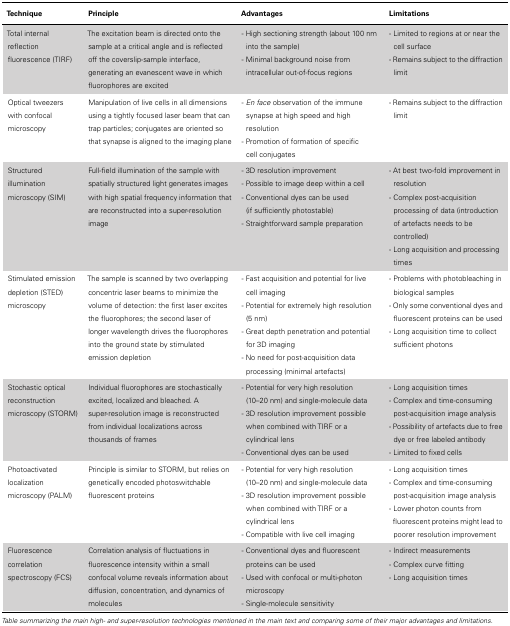
| Technique | Principle | Advantages | Limitations |
 | --- | --- | --- | --- |
 | Total internal reflection fluorescence (TIRF) | The excitation beam is directed onto the sample at a critical angle and is reflected off the coverslip-sample interface, generating an evanescent wave in which fluorophores are excited | - High sectioning strength (about 100 nm into the sample) - Minimal background noise from intracellular out-of-focus regions | - Limited to regions at or near the cell surface - Remains subject to the diffraction limit |
 | Optical tweezers with confocal microscopy | Manipulation of live cells in all dimensions using a tightly focused laser beam that can trap particles; conjugates are oriented so that synapse is aligned to the imaging plane | - En face observation of the immune synapse at high speed and high resolution - Promotion of formation of specific cell conjugates | - Remains subject to the diffraction limit |
 | Structured illumination microscopy (SIM) | Full-field illumination of the sample with spatially structured light generates images with high spatial frequency information that are reconstructed into a super-resolution image | - 3D resolution improvement - Possible to image deep within a cell - Conventional dyes can be used (if sufficiently photostable) - Straightforward sample preparation | - At best two-fold improvement in resolution - Complex post-acquisition processing of data (introduction of artefacts needs to be controlled) - Long acquisition and processing times |
 | Stimulated emission depletion (STED) microscopy | The sample is scanned by two overlapping concentric laser beams to minimize the volume of detection: the first laser excites the fluorophores; the second laser of longer wavelength drives the fluorophores into the ground state by stimulated emission depletion | - Fast acquisition and potential for live cell imaging - Potential for extremely high resolution (5 nm) - Great depth penetration and potential for 3D imaging - No need for post-acquisition data processing (minimal artefacts) | - Problems with photobleaching in biological samples - Only some conventional dyes and fluorescent proteins can be used - Long acquisition time to collect sufficient photons |
 | Stochastic optical reconstruction microscopy (STORM) | Individual fluorophores are stochastically excited, localized and bleached. A super-resolution image is reconstructed from individual localizations across thousands of frames | - Potential for very high resolution (10–20 nm) and single-molecule data - 3D resolution improvement possible when combined with TIRF or a cylindrical lens - Conventional dyes can be used | - Long acquisition times - Complex and time-consuming post-acquisition image analysis - Possibility of artefacts due to free dye or free labeled antibody - Limited to fixed cells |
 | Photoactivated localization microscopy (PALM) | Principle is similar to STORM, but relies on genetically encoded photoswitchable fluorescent proteins | - Potential for very high resolution (10–20 nm) and single-molecule data - 3D resolution improvement possible when combined with TIRF or a cylindrical lens - Compatible with live cell imaging | - Long acquisition times - Complex and time-consuming post-acquisition image analysis - Lower photon counts from fluorescent proteins might lead to poorer resolution improvement |
 | Fluorescence correlation spectroscopy (FCS) | Correlation analysis of fluctuations in fluorescence intensity within a small confocal volume reveals information about diffusion, concentration, and dynamics of molecules | - Conventional dyes and fluorescent proteins can be used - Used with confocal or multi-photon microscopy - Single-molecule sensitivity | - Indirect measurements - Complex curve fitting - Long acquisition times |